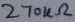
Text: 270kΩ